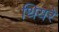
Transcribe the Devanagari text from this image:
थियरे